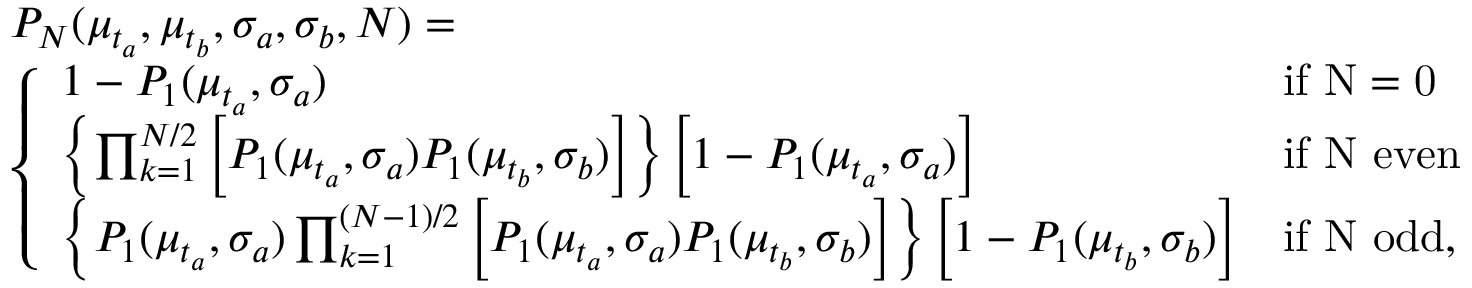
\begin{array} { r l } & { P _ { N } ( \mu _ { t _ { a } } , \mu _ { t _ { b } } , \sigma _ { a } , \sigma _ { b } , N ) = } \\ & { \left\{ \begin{array} { l l l } { 1 - P _ { 1 } ( \mu _ { t _ { a } } , \sigma _ { a } ) } & { \mathrm { i f ~ N = 0 ~ } } \\ { \left\{ \prod _ { k = 1 } ^ { N / 2 } \left[ P _ { 1 } ( \mu _ { t _ { a } } , \sigma _ { a } ) P _ { 1 } ( \mu _ { t _ { b } } , \sigma _ { b } ) \right] \right\} \left[ 1 - P _ { 1 } ( \mu _ { t _ { a } } , \sigma _ { a } ) \right] } & { \mathrm { i f ~ N ~ e v e n } } \\ { \left\{ P _ { 1 } ( \mu _ { t _ { a } } , \sigma _ { a } ) \prod _ { k = 1 } ^ { ( N - 1 ) / 2 } \left[ P _ { 1 } ( \mu _ { t _ { a } } , \sigma _ { a } ) P _ { 1 } ( \mu _ { t _ { b } } , \sigma _ { b } ) \right] \right\} \left[ 1 - P _ { 1 } ( \mu _ { t _ { b } } , \sigma _ { b } ) \right] } & { \mathrm { i f ~ N ~ o d d } , } \end{array} \right. } \end{array}